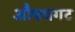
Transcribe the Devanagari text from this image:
औषधगट